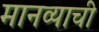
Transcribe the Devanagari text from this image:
मानव्याची